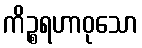
ကိဉ္စရဟာဝုသော